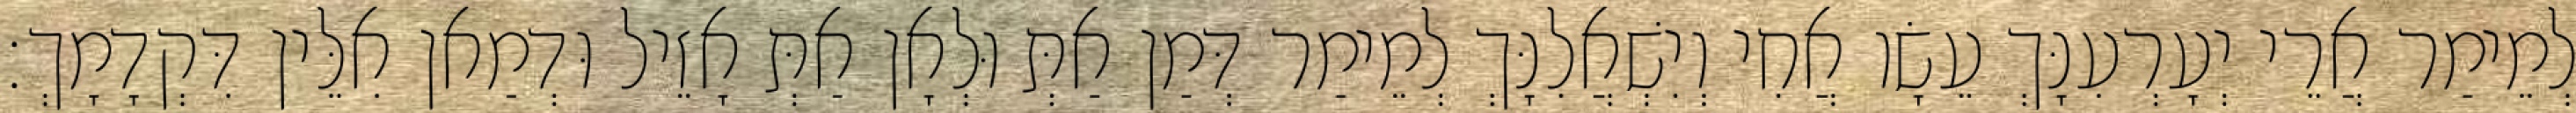
לְמֵימַר אֲרֵי יְעָרְעִנָּךְ עֵשָׂו אֲחִי וְיִשְׁאֲלִנָּךְ לְמֵימַר דְּמַן אַתְּ וּלְאָן אַתְּ אָזֵיל וּדְמַאן אִלֵּין דִּקְדָמָךְ׃